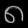
Digit: ၈